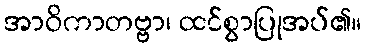
အာဝိကာတဗ္ဗာ၊ ထင်စွာပြုအပ်၏။